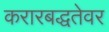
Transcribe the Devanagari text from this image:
करारबद्धतेवर